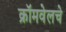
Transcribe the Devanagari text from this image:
क्रॉमवेलचे